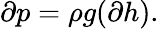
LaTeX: \partial p=\rho g(\partial h).